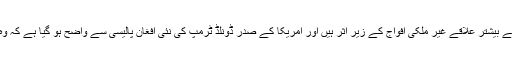
طالبان نے اپنے اعلامیے میں دعویٰ کیا کہ ملک کے بیشتر علاقے غیر ملکی افواج کے زیر اثر ہیں اور امریکا کے صدر ڈونلڈ ٹرمپ کی نئی افغان پالیسی سے واضح ہو گیا ہے کہ وہ مزید فورسز افغانستان کی سرزمین پر اتاریں گے۔